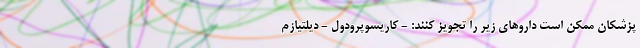
پزشکان ممکن است داروهای زیر را تجویز کنند: - کاریسوپرودول - دیلتیازم